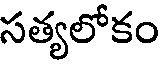
సత్యలోకం